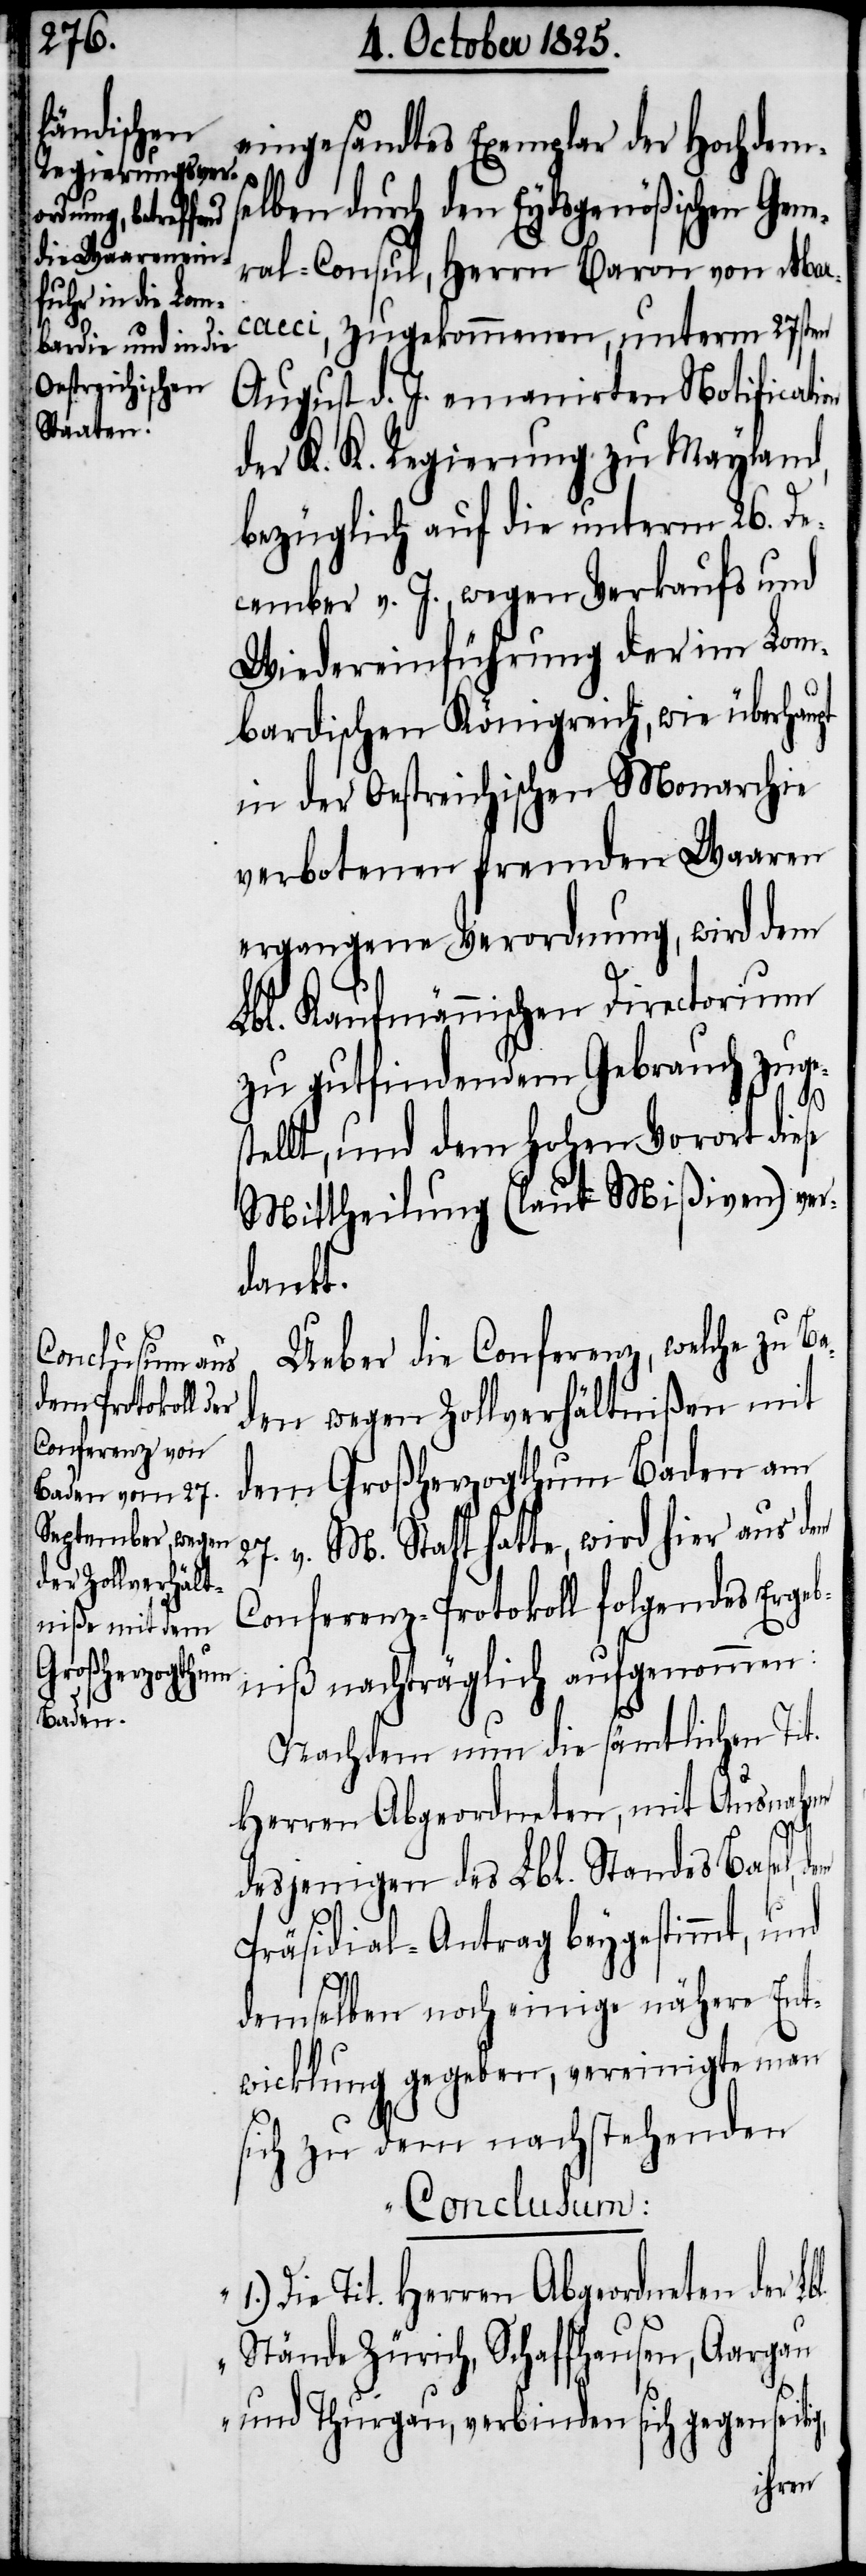
27. v.

eingesandtes Exemplar der Hochdem¬
selben durch den Eydsgenößischen Gene¬
ral-Consul, Herrn Baron von Mar¬
cacci, zugekommenen, unterm 27sten
August d. j. emanirten Notificati¬
der K. K. Regierung zu Mayland,
bezüglich auf die unterm 26. De¬
cember v. J., wegen Verkaufs und
Wiedereinführung der im Lom¬
bardischen Königreich, wie überhau¬
in der Oestreichischen Monarchie
verbotenen fremden Waaren
ergangene Verordnung, wird dem
Lbl. Kaufmännischen Directorium
zu gutfindendem Gebrauch zuge¬
tellt, und dem hohen Vorort diese
Mittheilung (laut Mißiven) ver¬
dankt.
Ueber die Conferenz, welche zu Ba¬
den wegen Zollverhältnißen mit
dem Großherzogthum Baden am
M. Statt hatte, wird hier aus dem
Conferenz-Protokoll folgendes Ergeb¬
niß nachträglich aufgenommen:
Nachdem nun die sämtlichen Tit.
Herren Abgeordneten, mit Ausnahmen
desjenigen des Lbl. Standes Basel,
Präsidial-Antrag beygestimmt, und
s¬
demselben noch einige nähere Ent¬
wicklung gegeben, vereinigte man
sich zu dem nachstehenden
Conclusum:
Die Tit. Herren Abgeordneten der
Stände Zürich, Schaffhausen, Aargau
und Thurgau, verbinden sich gegenseitig,